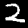
Label: 2